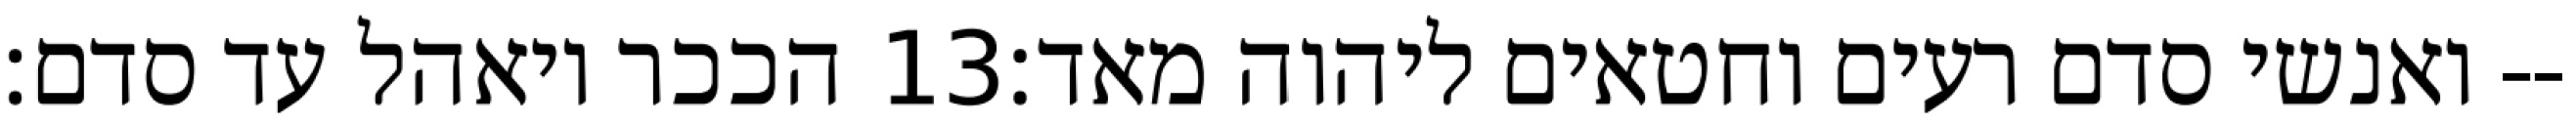
הככר ויאהל עד סדם׃ ‎13‏ ואנשי סדם רעים וחטאים ליהוה מאד׃--